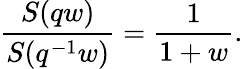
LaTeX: \frac{S(qw)}{S(q^{-1}w)}=\frac{1}{1+w}.